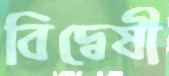
বিদ্বেষী